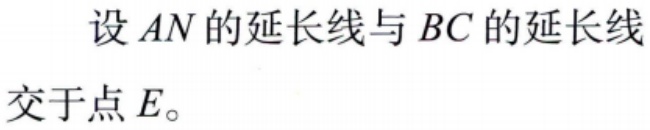
设 \(AN\) 的延长线与 \(BC\) 的延长线交于点 \(E\)。